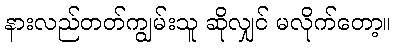
နားလည်တတ်ကျွမ်းသူ ဆိုလျှင် မလိုက်တော့။